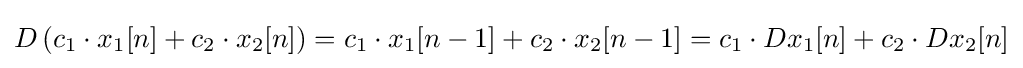
D\left(c_{1}\cdot x_{1}[n]+c_{2}\cdot x_{2}[n]\right)=c_{1}\cdot x_{1}[n-1]+c_{2}\cdot x_{2}[n-1]=c_{1}\cdot Dx_{1}[n]+c_{2}\cdot Dx_{2}[n]